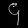
Digit: ၄